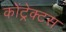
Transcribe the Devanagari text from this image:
कोंट्रेक्टस